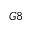
G 8